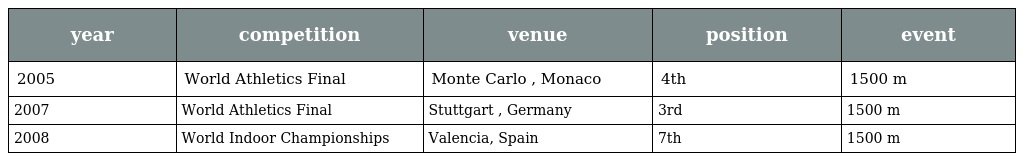
| year | competition | venue | position | event |
 | --- | --- | --- | --- | --- |
 | 2005 | World Athletics Final | Monte Carlo , Monaco | 4th | 1500 m |
 | 2007 | World Athletics Final | Stuttgart , Germany | 3rd | 1500 m |
 | 2008 | World Indoor Championships | Valencia, Spain | 7th | 1500 m |